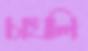
চাখলি